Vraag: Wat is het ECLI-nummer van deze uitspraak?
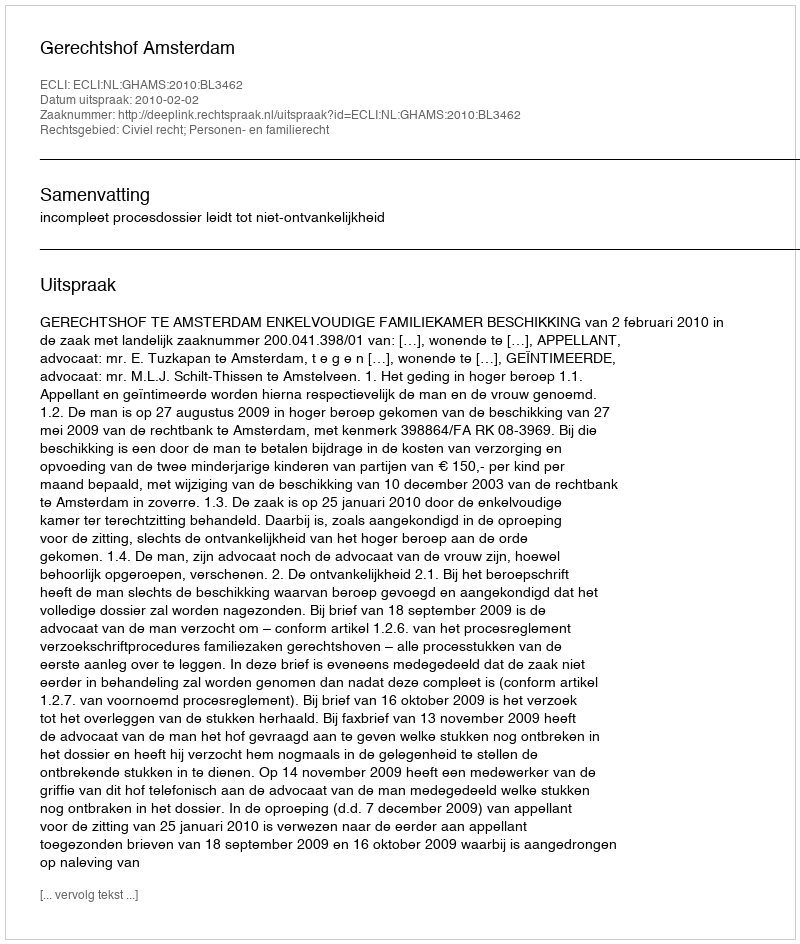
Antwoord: ECLI:NL:GHAMS:2010:BL3462